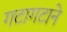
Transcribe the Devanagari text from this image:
गटागटाने